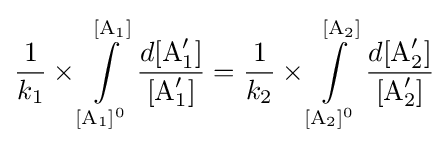
{1 \over k_{1}}\times \int \limits _{\ce {[A1]^{0}}}^{\ce {[A1]}}{d[{\ce {A}}'_{1}] \over [{\ce {A}}'_{1}]}={1 \over k_{2}}\times \int \limits _{\ce {[A2]^{0}}}^{\ce {[A2]}}{d[{\ce {A}}'_{2}] \over [{\ce {A}}'_{2}]}